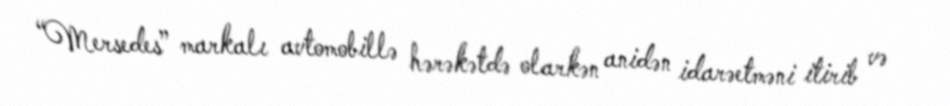
“Mersedes” markalı avtomobillə hərəkətdə olarkən anidən idarəetməni itirib və